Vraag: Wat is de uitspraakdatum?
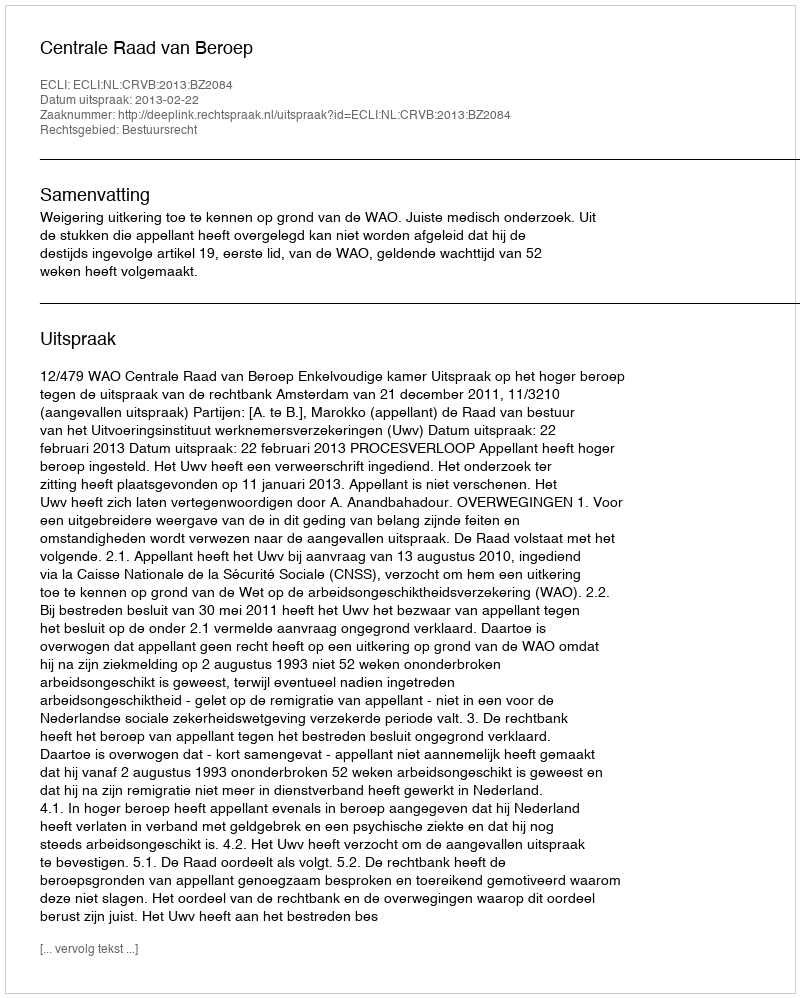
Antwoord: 2013-02-22